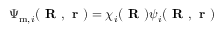
\Psi _ { \mathrm { m } , i } ( \textbf { R } , \textbf { r } ) = \chi _ { i } ( \textbf { R } ) \psi _ { i } ( \textbf { R } , \textbf { r } )